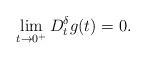
LaTeX: \begin{align*}\lim_{t\to 0^+} D_t^{\delta}g(t) = 0.\end{align*}